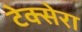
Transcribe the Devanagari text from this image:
टेक्सेरा